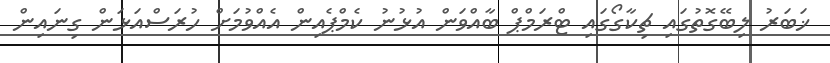
ޚަބަރު ލިބޭގޮތުގައި ޗިކާގޯގައި ޓްރަމްޕް ބާއްވަން އުޅުނު ކެމްޕެއިން އެއްވުމަށް ހުރަސްއަޅަން ގިނައިން